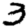
Digit: 3